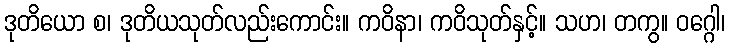
ဒုတိယော စ၊ ဒုတိယသုတ်လည်းကောင်း။ ကဝိနာ၊ ကဝိသုတ်နှင့်။ သဟ၊ တကွ။ ဝဂ္ဂေါ၊